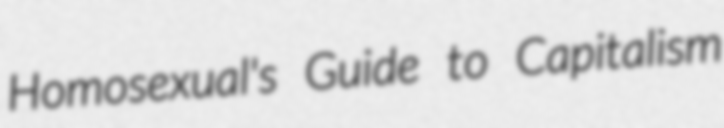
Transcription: Homosexual's Guide to Capitalism